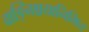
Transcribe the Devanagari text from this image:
वाङ्निश्चयानिमित्त